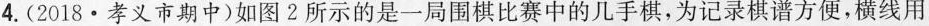
4.(2018·孝义市期中)如图2所示的是一局围棋比赛中的几手棋，为记录棋谱方便，横线用